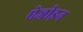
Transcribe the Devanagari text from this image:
ऐजोइन